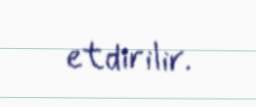
etdirilir.